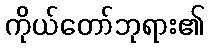
ကိုယ်တော်ဘုရား၏